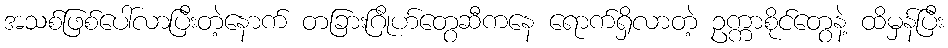
အသစ်ဖြစ်ပေါ်လာပြီးတဲ့နောက် တခြားဂြိုဟ်တွေဆီကနေ ရောက်ရှိလာတဲ့ ဥက္ကာစိုင်တွေနဲ့ ထိမှန်ပြီး